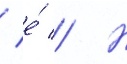
/ е́ // Н